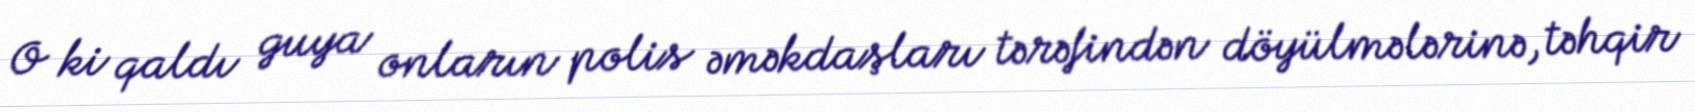
O ki qaldı guya onların polis əməkdaşları tərəfindən döyülmələrinə, təhqir